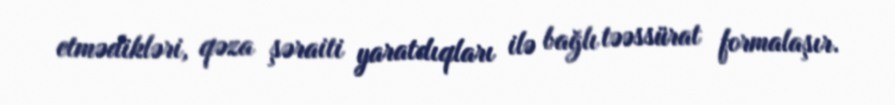
etmədikləri, qəza şəraiti yaratdıqları ilə bağlı təəssürat formalaşır.